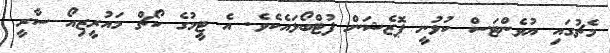
މެޗުގައި ޔުވެންޓަސް ކުޅުނީ ޕޮޒެޝަން ފުޓްބޯޅައެކެވެ. އެ ޓީމުގެ ކޯޗް މައުރީޒިއޯ ސާރީ